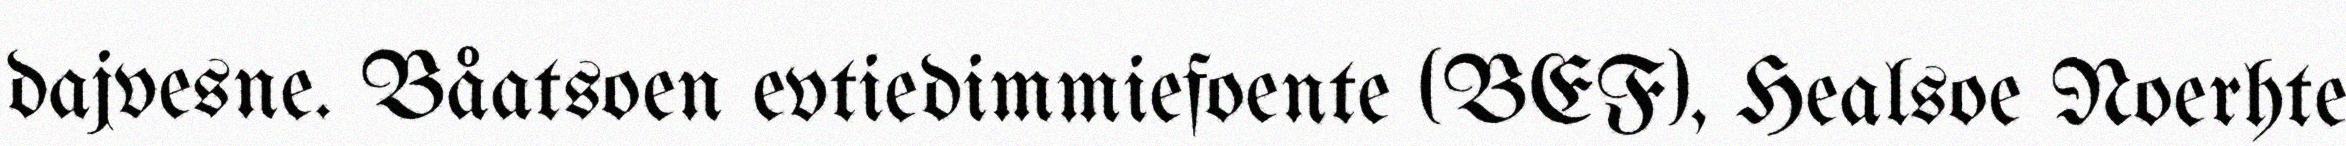
dajvesne. Båatsoen evtiedimmiefoente (BEF), Healsoe Noerhte